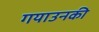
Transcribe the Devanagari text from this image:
गयाउनकी